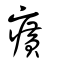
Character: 癀